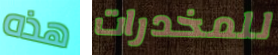
هذه للمخدرات